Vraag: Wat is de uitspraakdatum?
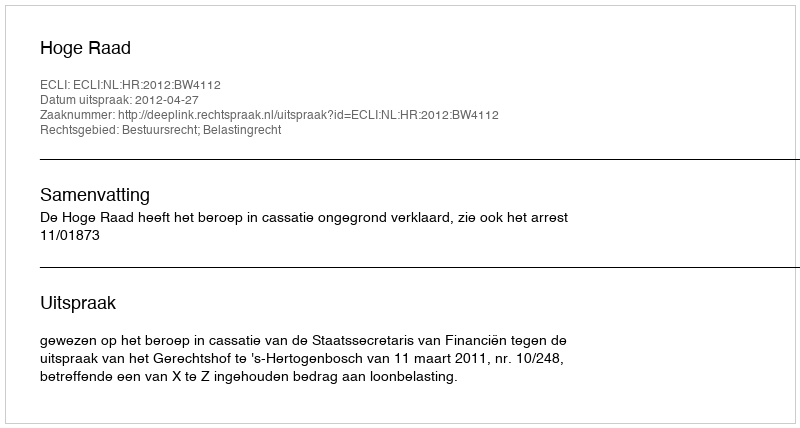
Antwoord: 2012-04-27